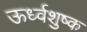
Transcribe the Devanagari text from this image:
ऊर्ध्वशुष्क